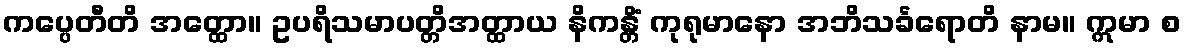
ကပ္ပေတီတိ အတ္ထော။ ဥပရိသမာပတ္တိအတ္ထာယ နိကန္တိံ ကုရုမာနော အဘိသင်္ခရောတိ နာမ။ ဣမာ စ